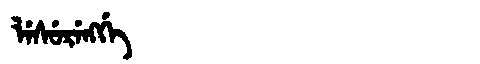
Manchu: ᠯᡝᠰᡠᡵᡝᠩᡤᡝ
Romanization: LESURENGGE